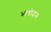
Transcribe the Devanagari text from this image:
भागोदास